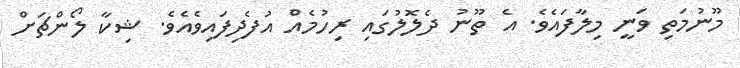
މޫނުމަތި ވަނީ މިލާފައެވެ. އެ ތޫނު ދެލޮލުގައި ރިހުމެއް އުފެދިފައިވެއެވެ. ޝިކާ ލޯންޗަށް